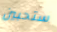
ستحبين